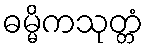
ဓမ္မိကသုတ္တံ